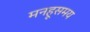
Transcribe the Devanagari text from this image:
मनहूसमय